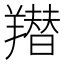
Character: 𦏋